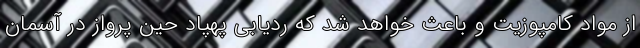
از مواد کامپوزیت و باعث خواهد شد که ردیابی پهپاد حین پرواز در آسمان